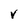
Character: V